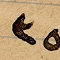
٣٥